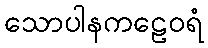
သောပါနကဠေဝရံ